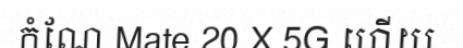
កំណែ Mate 20 X 5G ហើយ